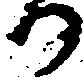
か